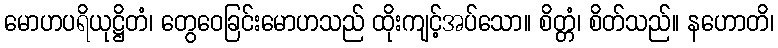
မောဟပရိယုဋ္ဌိတံ၊ တွေဝေခြင်းမောဟသည် ထိုးကျင့်အပ်သော။ စိတ္တံ၊ စိတ်သည်။ နဟောတိ၊